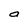
Character: O